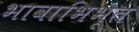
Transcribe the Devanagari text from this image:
भावाभिभूत